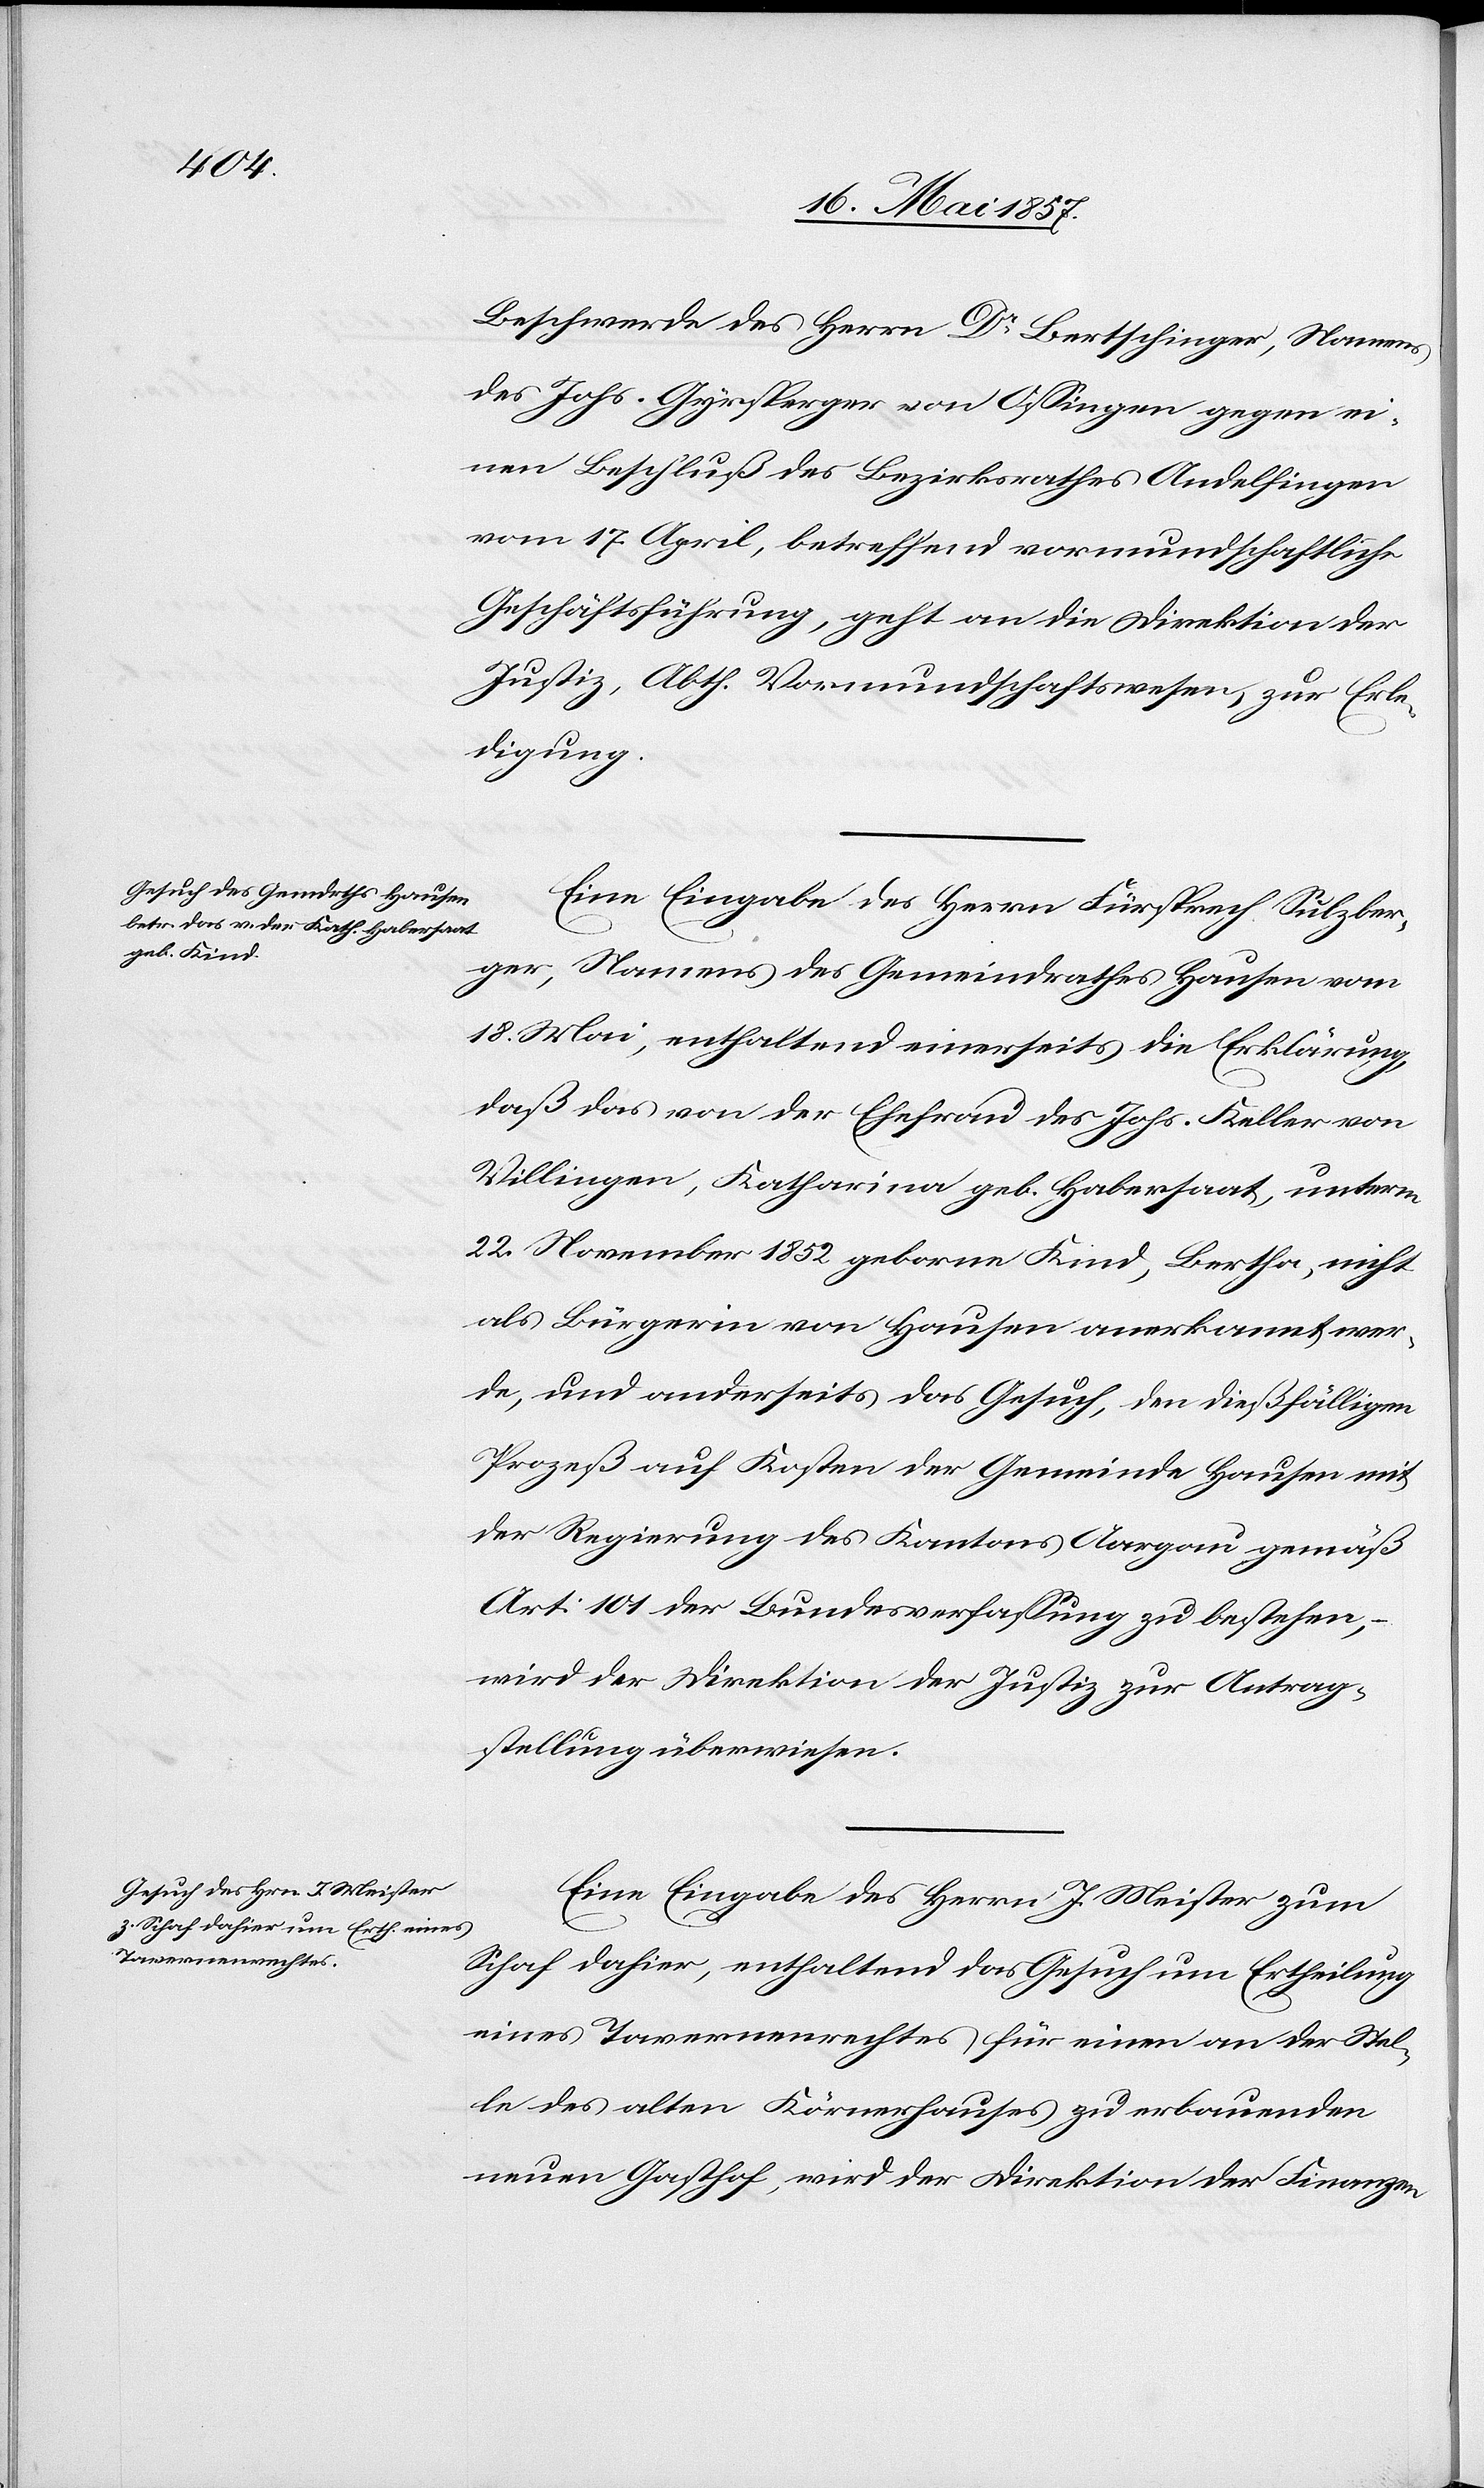
19 Mai 1857.]
Beschwerde des Herrn Dr Bertschinger, Namens
des Johs. Gyrsperger von Ossingen gegen ei¬
nen Beschluß der Bezirksrathes Andelfingen
vom 17 April, betreffend vormundschaftliche
Geschäftsführung, geht an die Direktion der
Justiz, Abth. Vormundschaftswesen, zur Erle¬
digung.
Eine Eingabe des Herrn Fürsprech Sulzber¬
ger, Namens des Gemeindrathes Hausen vom
18 Mai, enthaltend einerseits die Erklärung
daß das von der Ehefrau des Johs. Keller von
Villingen, Katharina geb. Habersaat, unterm
22 November 1852 geborne Kind, Bertha, nicht
als Bürgerin von Hausen anerkannt wer¬
de, und anderseits das Gesuch, den dießfälligen
Prozeß auf Kosten der Gemeinde Hausen mit
der Regierung des Kantons Aargau gemäß
Art. 101 der Bundesverfassung zu bestehen, –
wird der Direktion der Justiz zur Antrag¬
stellung überwiesen.
Eine Eingabe des Herrn J. Meister zum
Schaf dahier, enthaltend das Gesuch um Ertheilung
eines Tavernenrechtes für einen an der Ste¬
lle des alten Körnerhauses zu erbauenden
neuen Gasthof, wird der Direktion der Finanzen